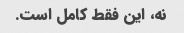
نه، این فقط کامل است.